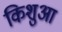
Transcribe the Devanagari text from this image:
किशुआ